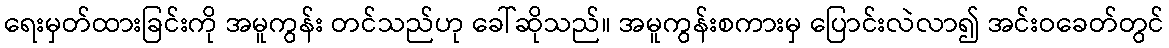
ရေးမှတ်ထားခြင်းကို အမူကွန်း တင်သည်ဟု ခေါ်ဆိုသည်။ အမူကွန်းစကားမှ ပြောင်းလဲလာ၍ အင်းဝခေတ်တွင်